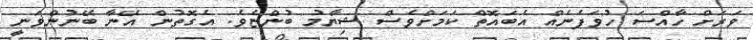
ވަރަށް ހާއްސަ ހުވަފެނެއް އެބައޮތް ކަމަށްވެސް ޝިޔާމު ބުންޏެވެ. އެގޮތުން އޭނާ ބޭނުންވަނީ